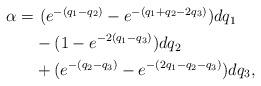
LaTeX: \begin{align*}\begin{aligned}\alpha=&\,\,(e^{-(q_1-q_2)}-e^{-(q_1+q_2-2q_3)})dq_1\\&-(1-e^{-2(q_1-q_3)})dq_2\\&+(e^{-(q_2-q_3)}-e^{-(2q_1-q_2-q_3)})dq_3,\end{aligned}\end{align*}